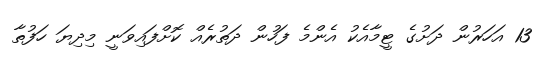
13 އަހަރުން ދަށުގެ ޓީމާއެކު އެންމެ ފަހުން ދަތުރެއް ކޮށްފައިވަނީ މިދިޔަ ހަފުތާ